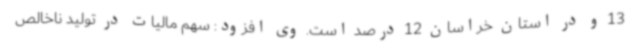
13 و در استان خراسان 12 درصد است. وی افزود: سهم مالیات در تولید ناخالص